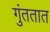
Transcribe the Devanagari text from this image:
गुंततात